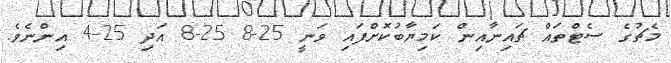
މެޗުގެ ސެޓްތައް ޗައިނާއިން ކަމިޔާބުކޮށްފައި ވަނީ 25-8 25-8 އަދި 25-4 އިންނެވެ.